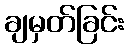
ချမှတ်ခြင်း